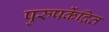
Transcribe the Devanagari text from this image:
पुरुषकेंद्रित